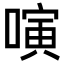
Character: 𠻤